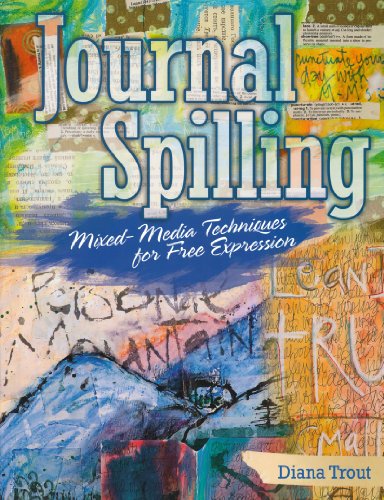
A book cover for Journal Spilling: Mixed-Media Techniques for Free Expression; Diana Trout; Crafts, Hobbies & Home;